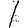
Digit: 1